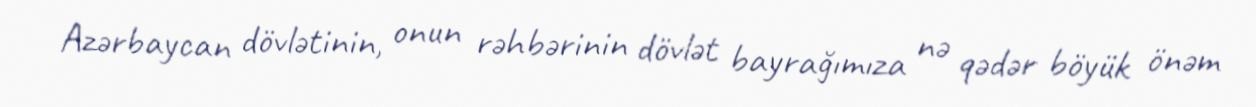
Azərbaycan dövlətinin, onun rəhbərinin dövlət bayrağımıza nə qədər böyük önəm